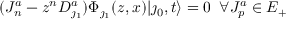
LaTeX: ( J _ { n } ^ { a } - z ^ { n } D _ { \jmath _ { 1 } } ^ { a } ) \Phi _ { \jmath _ { 1 } } ( z , x ) | \jmath _ { 0 } , t \rangle = 0 \; \; \forall J _ { p } ^ { a } \in { \cal E } _ { + }